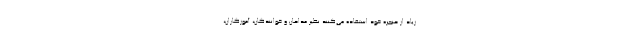
زیاد از حنجره خود استفاده می‌کنند نظیر مداحان و خوانندگان، آموزگاران،